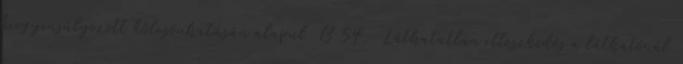
kiegyensúlyozott kölcsönhatásán alapul B 54. Láthatatlan illeszkedés a láthatónál